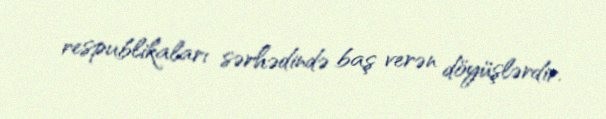
respublikaları sərhədində baş verən döyüşlərdir.